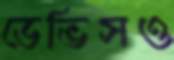
ডেভিসও